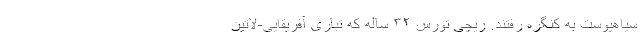
سیاهپوست به کنگره رفتند. ریچی تورس ۳۲ ساله که تباری آفریقایی‌-لاتین